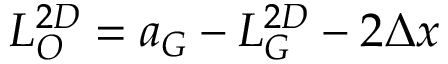
L _ { O } ^ { 2 D } = a _ { G } - L _ { G } ^ { 2 D } - 2 \Delta x